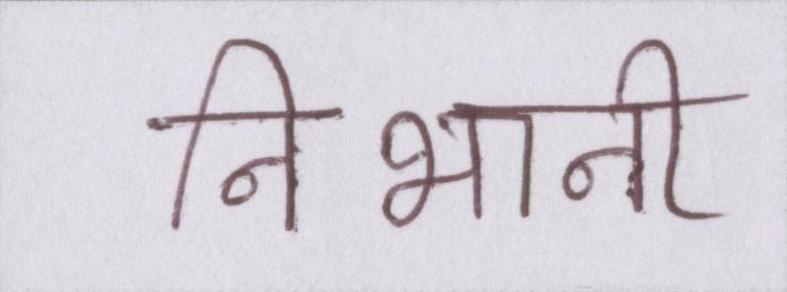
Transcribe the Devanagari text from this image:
निभानी